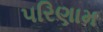
૫રિણામ